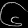
Digit: ၆